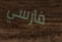
فارسي